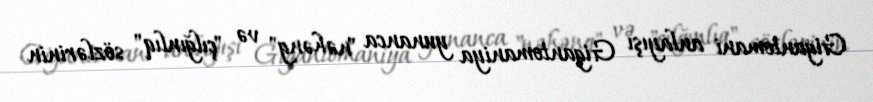
Gigantomani anlayışı Gigantomaniya yunanca "nəhəng" və "çılğınlıq" sözlərinin